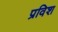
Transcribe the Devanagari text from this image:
प्रविश